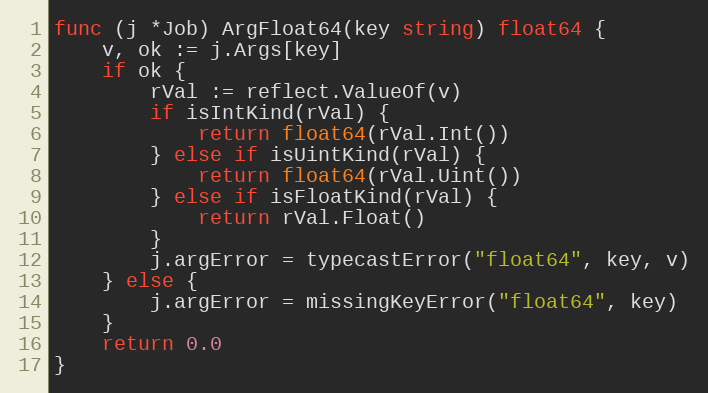
Language: Go
func (j *Job) ArgFloat64(key string) float64 {
	v, ok := j.Args[key]
	if ok {
		rVal := reflect.ValueOf(v)
		if isIntKind(rVal) {
			return float64(rVal.Int())
		} else if isUintKind(rVal) {
			return float64(rVal.Uint())
		} else if isFloatKind(rVal) {
			return rVal.Float()
		}
		j.argError = typecastError("float64", key, v)
	} else {
		j.argError = missingKeyError("float64", key)
	}
	return 0.0
}